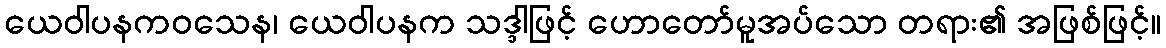
ယေဝါပနကဝသေန၊ ယေဝါပနက သဒ္ဒါဖြင့် ဟောတော်မူအပ်သော တရား၏ အဖြစ်ဖြင့်။